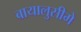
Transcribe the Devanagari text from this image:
बायालुसीमे